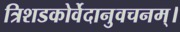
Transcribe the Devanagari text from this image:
त्रिशडकोर्वेदानुवचनम्।